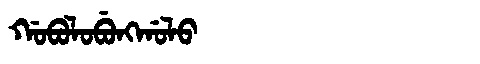
Manchu: ᡤᠣᠪᠣᠯᠣᠪᡠᠩᡤᠣᠯᠣ
Romanization: GOBOLOBUNGGOLO